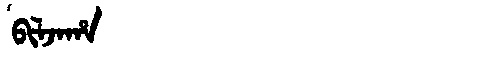
Manchu: ᠪᡳᠯᠵᠠᡥᠠ
Romanization: BILJAHA